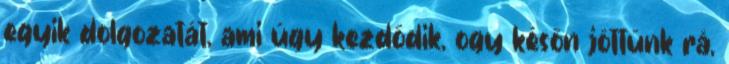
egyik dolgozatát, ami úgy kezdődik, ogy későn jöttünk rá,